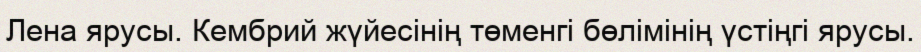
Лена ярусы. Кембрий жүйесінің төменгі бөлімінің үстіңгі ярусы.